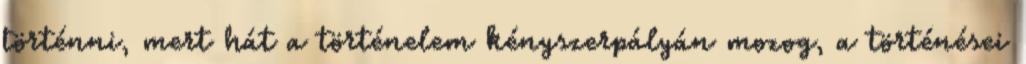
tör­ténni, mert hát a történelem kényszerpályán mozog, a történései